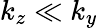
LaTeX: k_{z}\ll k_{y}